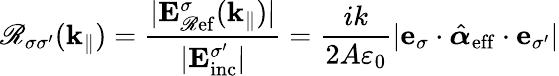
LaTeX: \mathscr{R}_{\sigma\sigma^{\prime}}(\mathbf{{k}}_{\| })=\frac{{|\mathbf{{E}}_{\mathrm{{\mathscr{R}ef}}}^{\sigma}(\mathbf{{k}}_{\| })|}}{{|\mathbf{{E}}_{\mathrm{{inc}}}^{\sigma^{\prime}}|}}=\frac{{ik}}{{2A\varepsilon_{0}}}|\mathbf{{e}}_{\sigma}\cdot\hat{{\boldsymbol{\alpha}}}_{\mathrm{{eff}}}\cdot\mathbf{{e}}_{\sigma^{\prime}}|